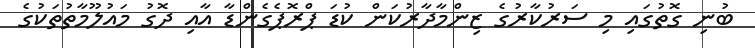
ބުނި ގޮތުގައި މި ސަރުކާރުގެ ޒިންމާދާރުކަން ކުޑަ ޕްރޮޕެގެންޑާ އާއި ދޮގު މައުލޫމާތުތަކުގެ